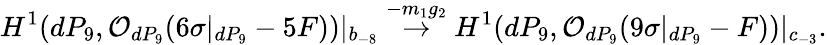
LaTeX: H^{1}(dP_{9},{\cal O}_{dP_{9}}(6\sigma|_{dP_{9}}-5F))|_{b_{-8}}\stackrel{-m_{1}g_{2}}{\rightarrow}H^{1}(dP_{9},{\cal O}_{dP_{9}}(9\sigma|_{dP_{9}}-F))|_{c_{-3}}.